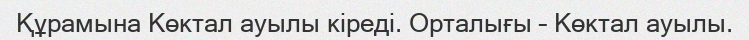
Құрамына Көктал ауылы кіреді. Орталығы – Көктал ауылы.